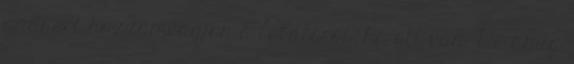
padsort hozzámvágjon a lelátóról, ha ott van. De amíg